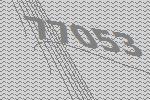
77053